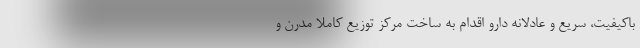
باکیفیت، سریع و عادلانه دارو اقدام به ساخت مرکز توزیع کاملا مدرن و